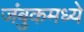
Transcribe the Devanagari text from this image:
जंबुकमध्ये